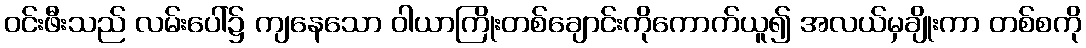
ဝင်းဖီးသည် လမ်းပေါ်၌ ကျနေသော ဝါယာကြိုးတစ်ချောင်းကိုကောက်ယူ၍ အလယ်မှချိုးကာ တစ်စကို